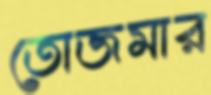
তোজমার